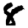
Digit: 8